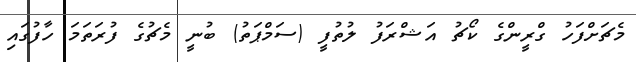
މެޗަށްފަހު ގްރީންގެ ކޯޗު އަޝްރަފު ލުތުފީ (ސަމްޕަތު) ބުނީ މެޗުގެ ފުރަތަމަ ހާފުގައި